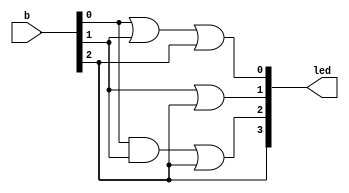
/*
   This file was generated automatically by the Mojo IDE version B1.3.6.
   Do not edit this file directly. Instead edit the original Lucid source.
   This is a temporary file and any changes made to it will be destroyed.
*/

module btoled3_15 (
    input [2:0] b,
    output reg [3:0] led
  );
  
  
  
  always @* begin
    led[0+0-:1] = b[0+0-:1] | b[1+0-:1] | b[2+0-:1];
    led[1+0-:1] = b[1+0-:1] | b[2+0-:1];
    led[2+0-:1] = (b[0+0-:1] & b[1+0-:1]) | b[2+0-:1];
    led[3+0-:1] = b[2+0-:1];
  end
endmodule